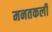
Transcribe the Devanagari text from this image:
मनतकली